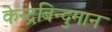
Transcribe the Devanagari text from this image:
केन्द्रबिन्दुमान